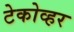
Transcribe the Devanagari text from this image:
टेकोव्हर